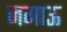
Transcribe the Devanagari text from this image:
जगाऊ